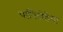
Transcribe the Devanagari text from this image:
पापिलेडेमा